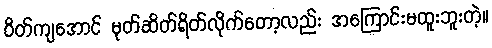
ဝိတ်ကျအောင် မုတ်ဆိတ်ရိတ်လိုက်တော့လည်း အကြောင်းမထူးဘူးတဲ့။